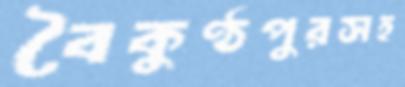
বৈকুণ্ঠপুরসহ